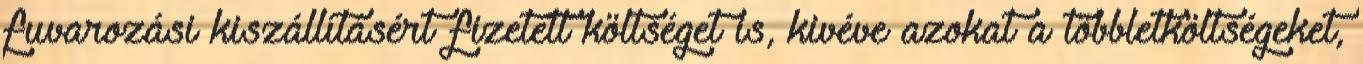
fuvarozási kiszállításért fizetett költséget is, kivéve azokat a többletköltségeket,